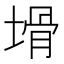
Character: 𱗞